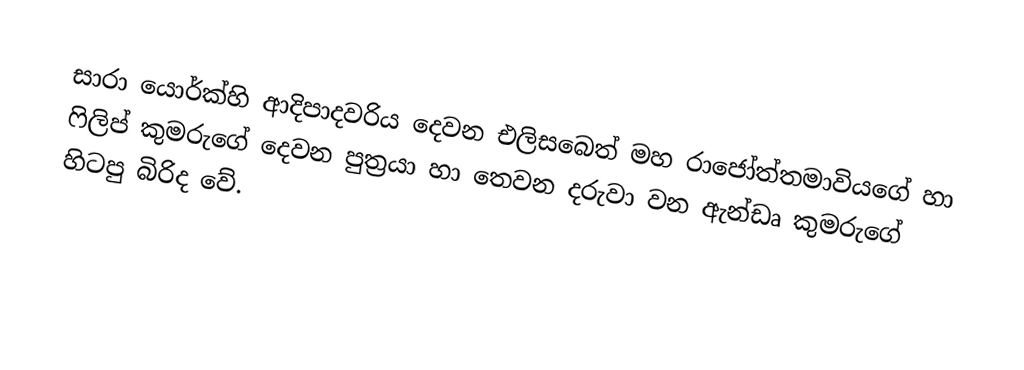
සාරා යොර්ක්හි ආදිපාදවරිය දෙවන එලිසබෙත් මහ රාජෝත්තමාවියගේ හා ෆිලිප් කුමරුගේ දෙවන පුත්‍රයා හා තෙවන දරුවා වන ඇන්ඩෘ කුමරුගේ හිටපු බිරිද වේ.